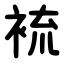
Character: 裗